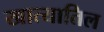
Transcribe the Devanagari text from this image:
खात्यातिल